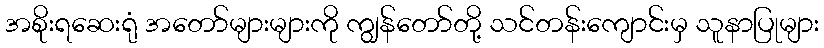
အစိုးရဆေးရုံ အတော်များများကို ကျွန်တော်တို့ သင်တန်းကျောင်းမှ သူနာပြုများ